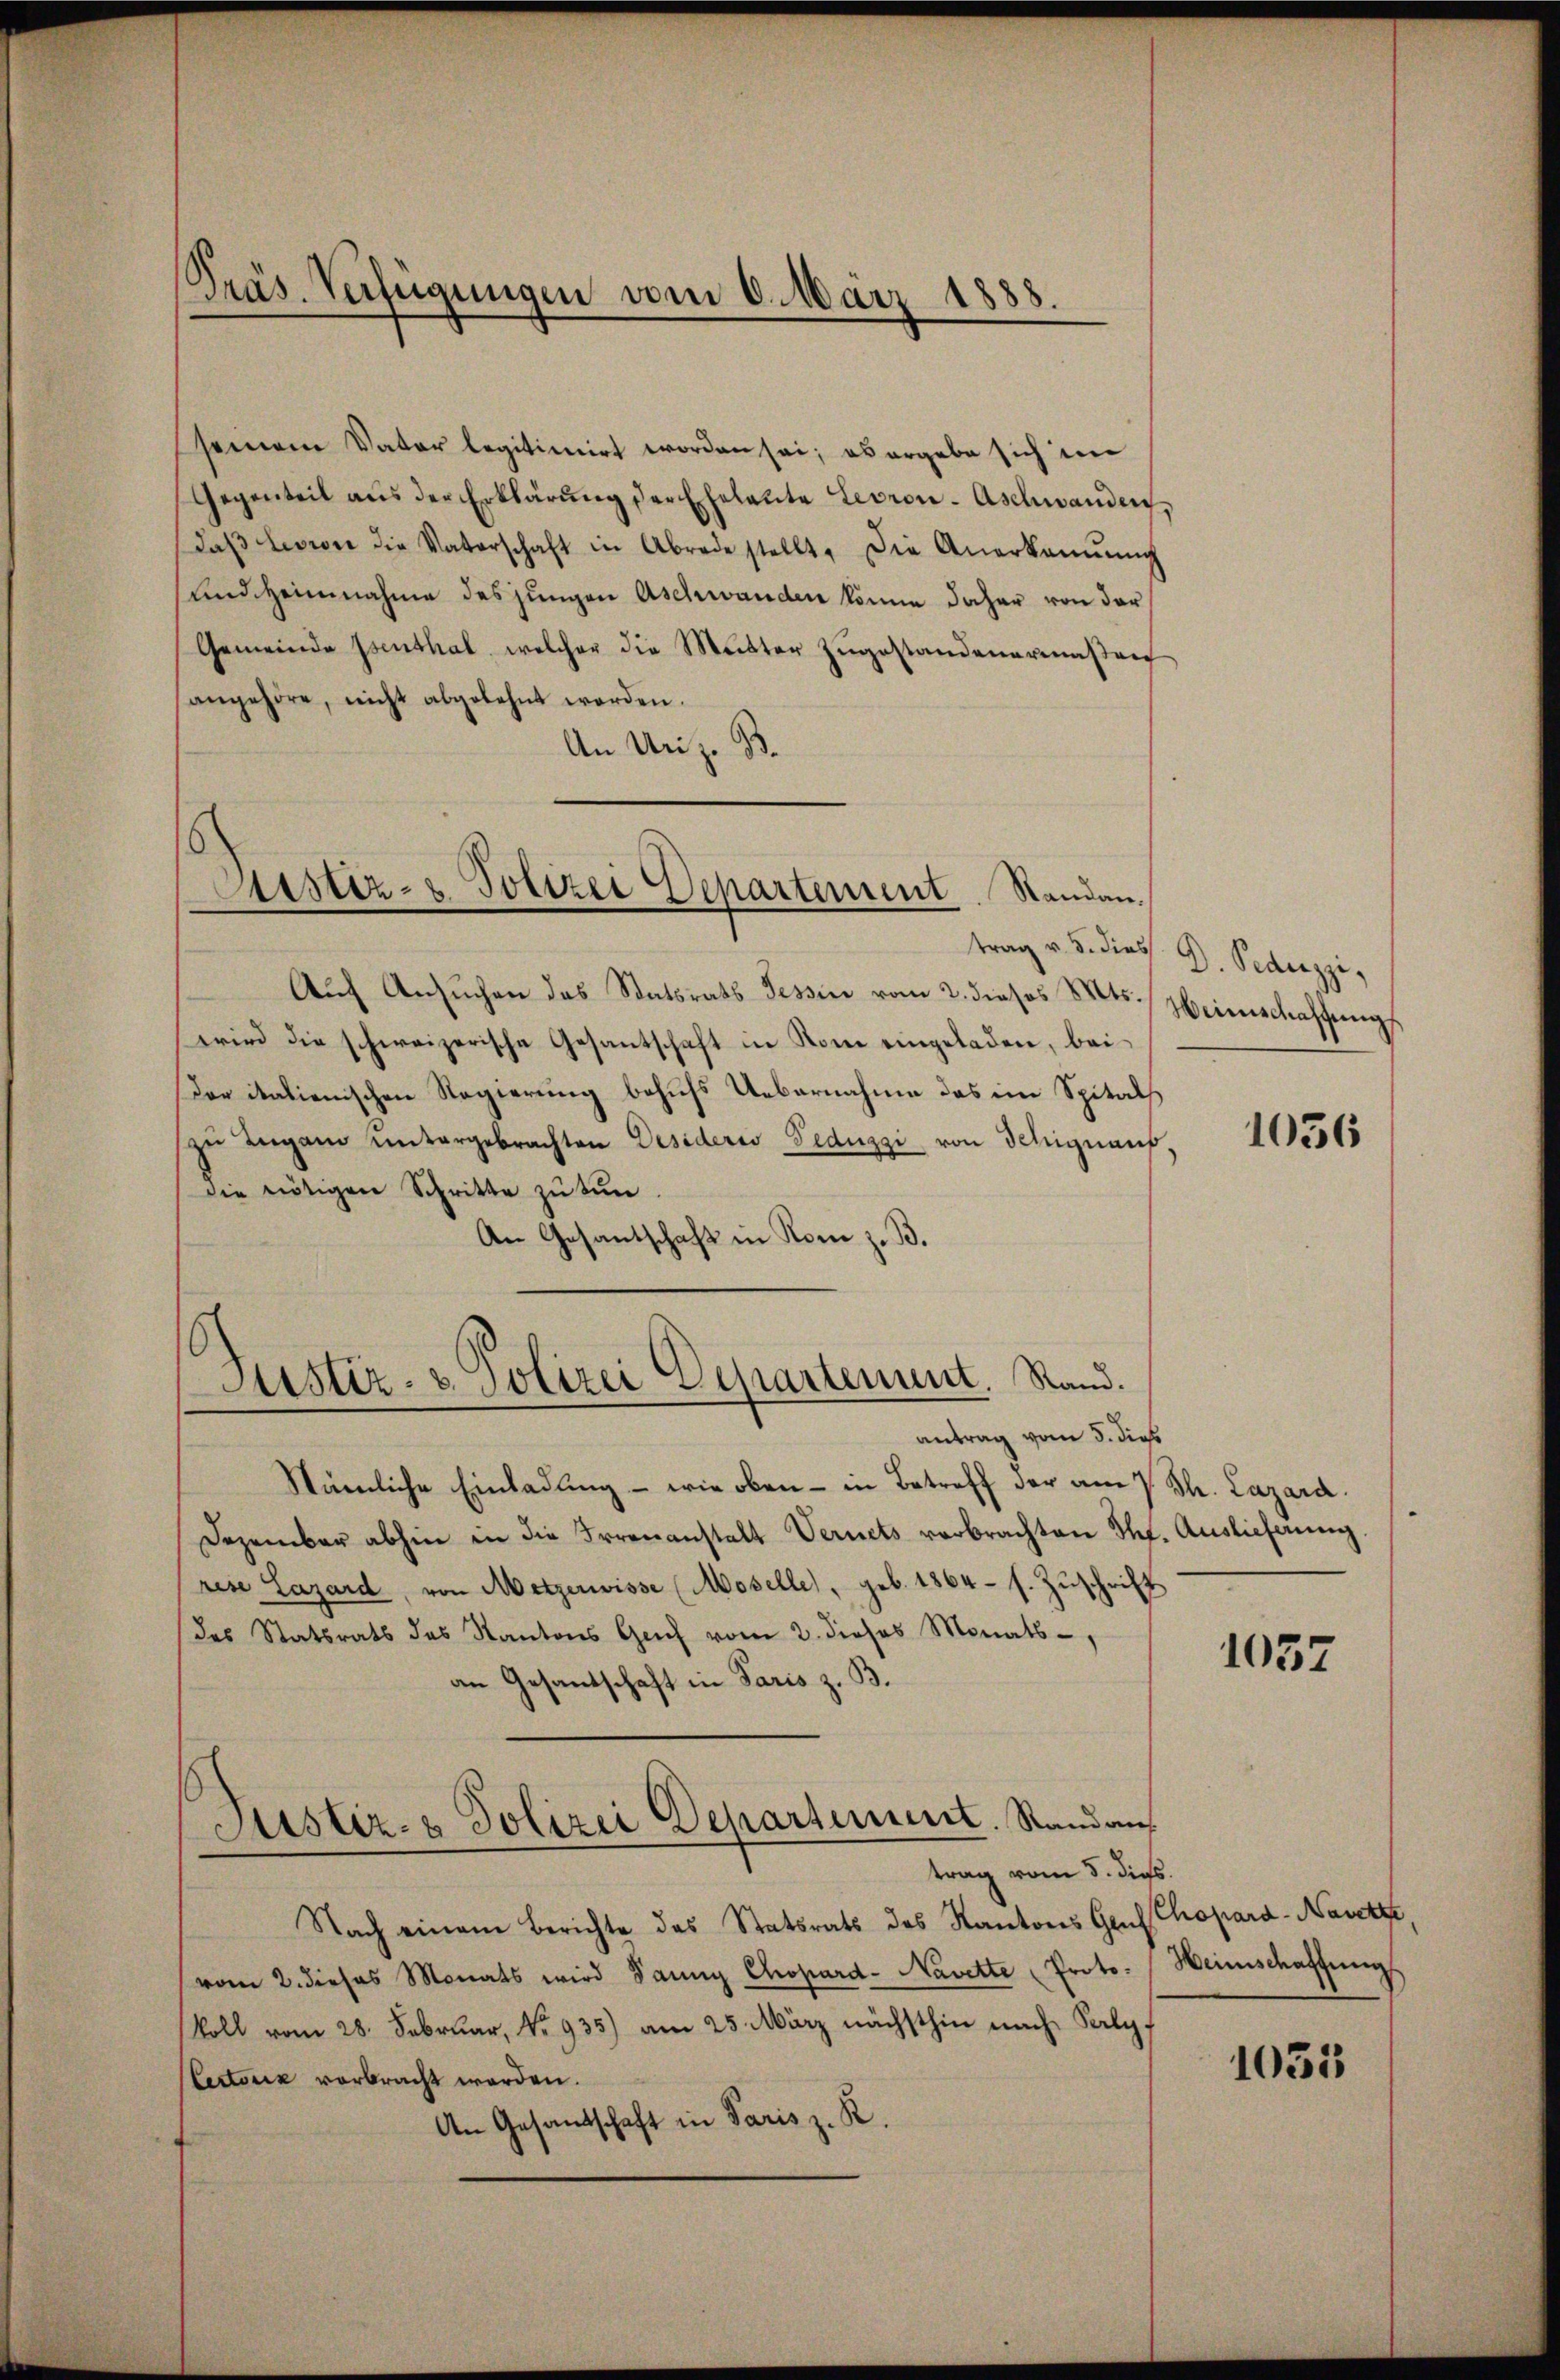
Präs. Verfügungen vom 6. März 1888.

seinem Vater legitimirt worden sei; ob ergebe sich im
Gegenteil aus der Erklärung der Eheleute Levron-Aschwanden,
daβ Livree die Vaterschaft in Abrede stellt. Die Anerkannŭng
sundheimnahme des jungen Aschwanden könne daher von der
Gemeinde Isenthal, welcher die Mutter zŭgestandenermaβen
angehöre, nicht abgelehnt worden.
An Uriz. B.

s
Astiz- & Polizei Separtement. Standen.

Justiz- & Polizei Departement. Stand.

Auch Ansŭchen das Statsrats Tessin vom 2. dieses Mts.
wird die schweizerische Gesantschaft in Rom eingeladen, bei
Der italienischen Regierung behufs Uebernahme des im Spitalzu Lugano untergebrachten Desideris Tedugzi, von Schinaus
Die nötigen Schritte zu tun
An Gesantschaft in Rom z. B.
antrag vom 5. dies
Stämliche Einladung - wie oben - in Betreff der am
Dezember abhin in die Irrenanstalt Vernets verbrachten The. Auslieferung
rese Lazard, von Metzerwisse (Moselle), geb. 1864 s. Zuschrift
des Statsrats des Kantons Genf vom 2. dieses Monats-,
an Gesandschaft in Paris z. B.
Justiz- & Polizei Departement. Standans
trag vom 5. dies.
Nach einem Berichte das Statsrats des Kantons Genf
vom 2. dieses Monats wird dann Chopard- Navette Proto-
koll vom 28. Februar, No 935) am 25. März nächsthin nach Salz
lectorik verbracht werden.
An Gesandschaft in Paris z. R.

trag v. 5. dies D. Pedezzi,

Weinschaffung

1036

Th. Lazard.

1057

Chopard-Navette,
Heimschaffung

1031